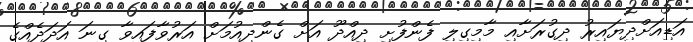
އަޑިއަށްދިޔައިރު ދިގުރަށާއި މާމިގިލި ފެންފުށި ދިއްދޫ އަށް ގެންދިއުމަށް އަރުވާފައިވާ ގިނަ އަދަދެއްގެ